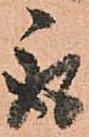
取